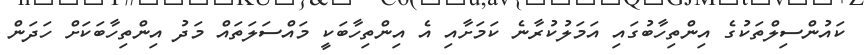
ކައުންސިލްތަކުގެ އިންތިހާބުގައި އަމަލުކުރާނެ ކަމަށާއި އެ އިންތިހާބަކީ މައްސަލަތައް މަދު އިންތިހާބަކަށް ހަދަން